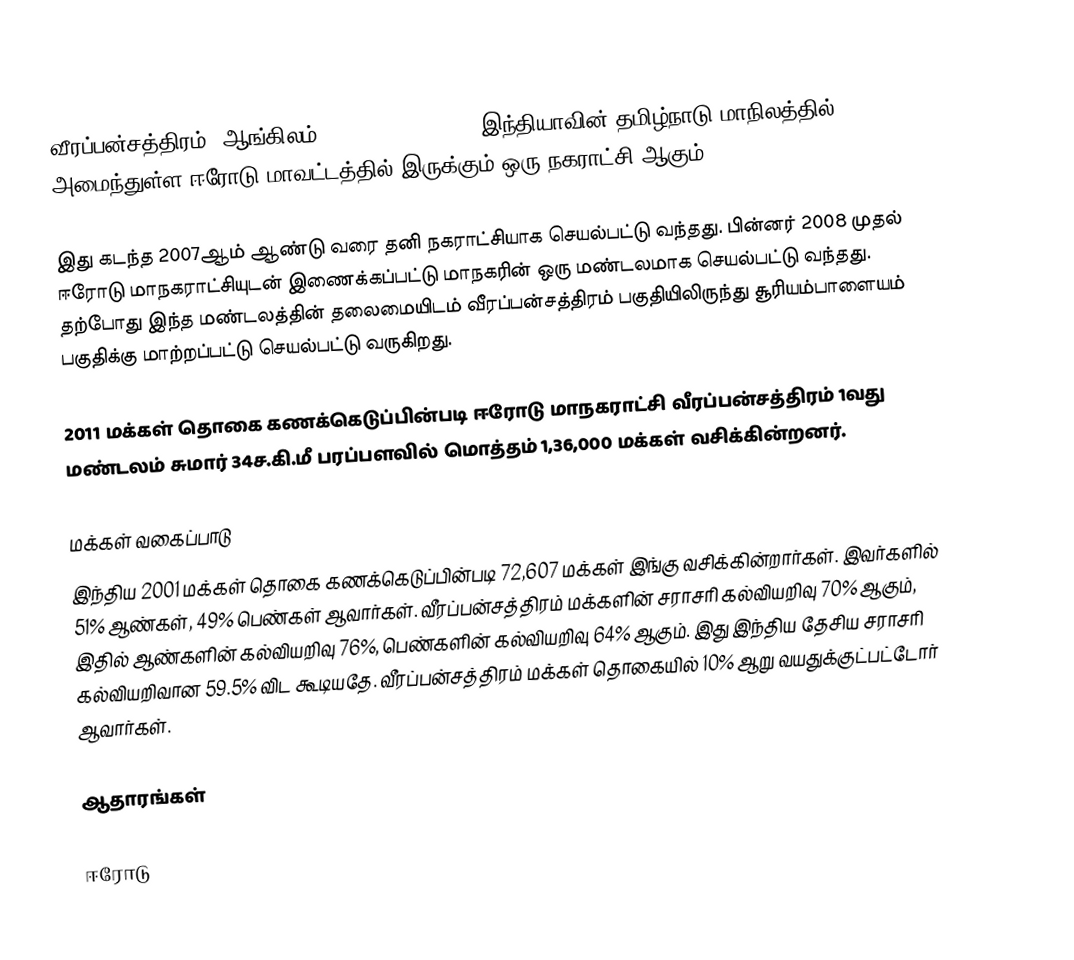
வீரப்பன்சத்திரம் (ஆங்கிலம்:Veerappanchatram), இந்தியாவின் தமிழ்நாடு மாநிலத்தில் அமைந்துள்ள ஈரோடு மாவட்டத்தில் இருக்கும் ஒரு நகராட்சி ஆகும்.

இது கடந்த 2007ஆம் ஆண்டு வரை தனி நகராட்சியாக செயல்பட்டு வந்தது. பின்னர் 2008 முதல் ஈரோடு மாநகராட்சியுடன் இணைக்கப்பட்டு  மாநகரின் ஒரு மண்டலமாக செயல்பட்டு வந்தது. தற்போது இந்த மண்டலத்தின் தலைமையிடம் வீரப்பன்சத்திரம் பகுதியிலிருந்து சூரியம்பாளையம் பகுதிக்கு மாற்றப்பட்டு செயல்பட்டு வருகிறது.

2011 மக்கள் தொகை கணக்கெடுப்பின்படி ஈரோடு மாநகராட்சி வீரப்பன்சத்திரம் 1வது மண்டலம் சுமார் 34ச.கி.மீ பரப்பளவில் மொத்தம் 1,36,000 மக்கள் வசிக்கின்றனர்.

மக்கள் வகைப்பாடு
இந்திய 2001 மக்கள் தொகை கணக்கெடுப்பின்படி 72,607 மக்கள் இங்கு வசிக்கின்றார்கள். இவர்களில் 51% ஆண்கள், 49% பெண்கள் ஆவார்கள். வீரப்பன்சத்திரம் மக்களின் சராசரி கல்வியறிவு 70% ஆகும்,  இதில் ஆண்களின் கல்வியறிவு 76%,  பெண்களின் கல்வியறிவு 64% ஆகும். இது இந்திய தேசிய சராசரி கல்வியறிவான 59.5% விட கூடியதே. வீரப்பன்சத்திரம் மக்கள் தொகையில் 10%  ஆறு வயதுக்குட்பட்டோர் ஆவார்கள்.

ஆதாரங்கள்

ஈரோடு